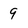
Character: 9